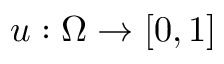
u : \Omega \to [ 0 , 1 ]